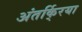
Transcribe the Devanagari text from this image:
अंतर्कि्रया